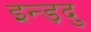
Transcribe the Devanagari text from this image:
इन्ड़दु